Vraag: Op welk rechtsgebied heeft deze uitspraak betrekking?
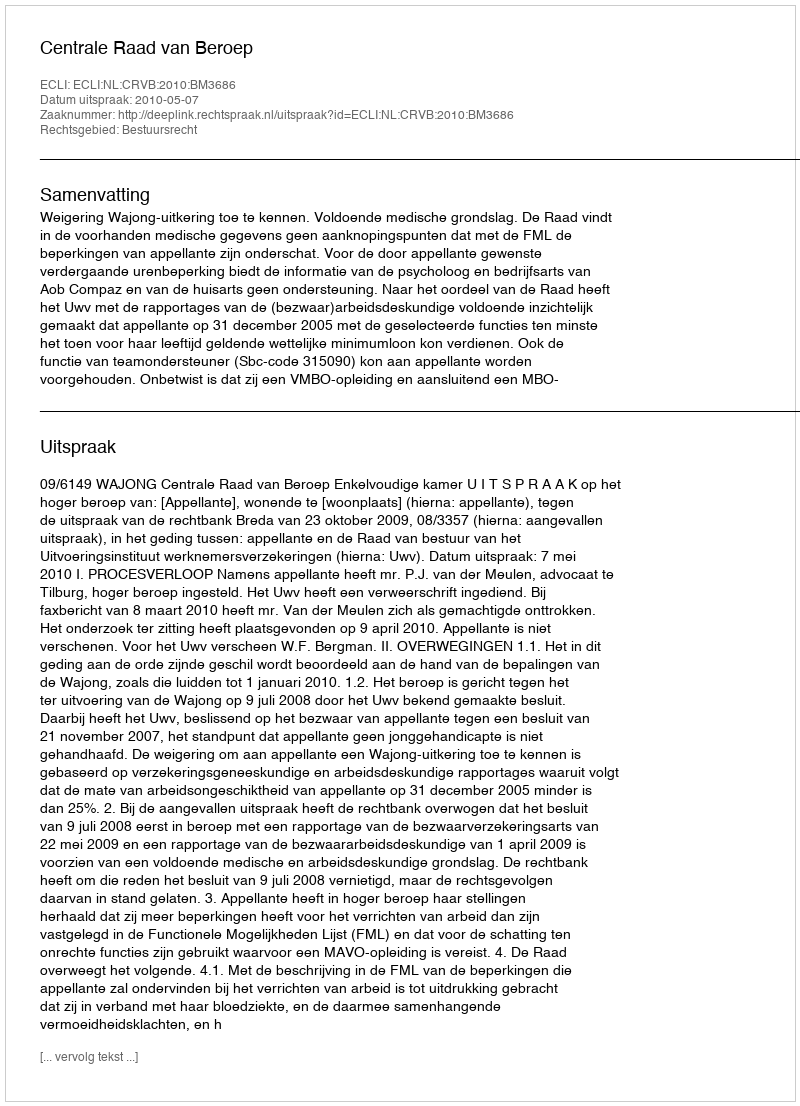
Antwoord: Bestuursrecht